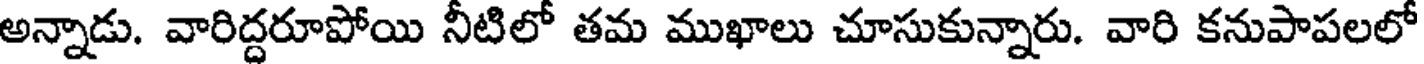
అన్నాడు. వారిద్దరూపోయి నీటిలో తమ ముఖాలు చూసుకున్నారు. వారి కనుపాపలలో